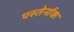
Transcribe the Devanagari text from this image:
पस्तेर्नाक